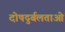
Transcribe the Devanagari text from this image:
दोषदुर्बलताओं